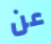
عن